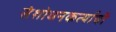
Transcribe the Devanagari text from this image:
संशोधनकर्त्याची